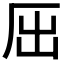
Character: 𠩉